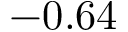
- 0 . 6 4